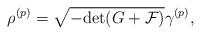
\begin{align*}\rho^{(p)} = \sqrt{- {\rm det} (G + {\cal F})} \gamma^{(p)},\end{align*}